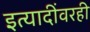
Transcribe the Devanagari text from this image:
इत्यादींवरही